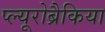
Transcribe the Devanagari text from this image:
प्ल्यूरोब्रैकिया